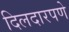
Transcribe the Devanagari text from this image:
दिलदारपणे